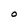
Character: O